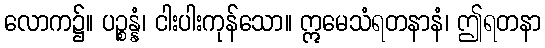
လောက၌။ ပဉ္စန္နံ၊ ငါးပါးကုန်သော။ ဣမေသံရတနာနံ၊ ဤရတနာ